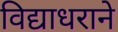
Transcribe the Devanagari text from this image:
विद्याधराने